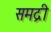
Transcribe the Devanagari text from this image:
समद्री